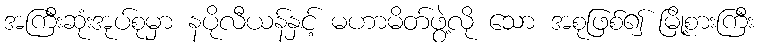
အကြီးဆုံးအုပ်စုမှာ နပိုလီယန်နှင့် မဟာမိတ်ဖွဲ့လို သော အစုဖြစ်၍ မြို့စားကြီး